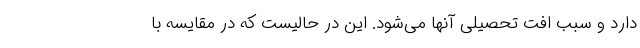
دارد و سبب افت تحصیلی آنها می‌شود. این در حالیست که در مقایسه با